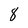
Character: 8